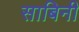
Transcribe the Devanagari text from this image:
साबिनी